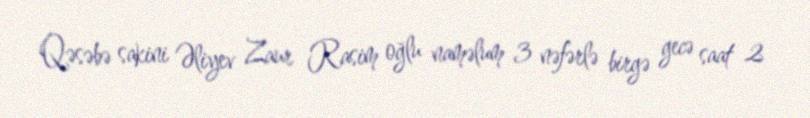
Qəsəbə sakini Əliyev Zaur Rasim oğlu naməlum 3 nəfərlə birgə gecə saat 2